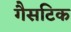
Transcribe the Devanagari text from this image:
गैसटिक